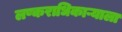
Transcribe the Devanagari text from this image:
लष्कराधिकाऱ्याला